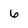
Character: 6